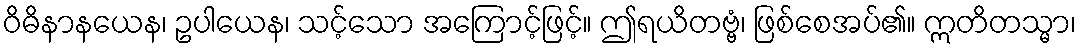
ဝိဓိနာနယေန၊ ဥပါယေန၊ သင့်သော အကြောင့်ဖြင့်။ ဤရယိတဗ္ဗံ၊ ဖြစ်စေအပ်၏။ ဣတိတသ္မာ၊